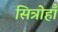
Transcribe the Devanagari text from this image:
सित्रोहाँ